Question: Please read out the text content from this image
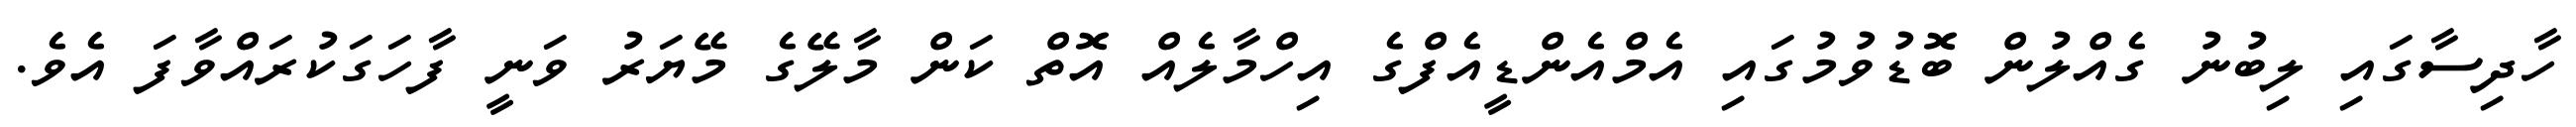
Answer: ހާދިސާގައި ލިބުނު ގެއްލުން ބޮޑުވުމުގައި އެމްއެންޑީއެފްގެ އިހްމާލެއް އޮތް ކަން މާލޭގެ މޭޔަރު ވަނީ ފާހަގަކުރައްވާފަ އެވެ.